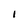
Character: 1